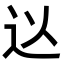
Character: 𮞃